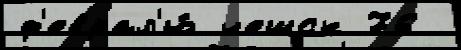
ф'еврал'ю́ чешск 76